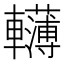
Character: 𨏫